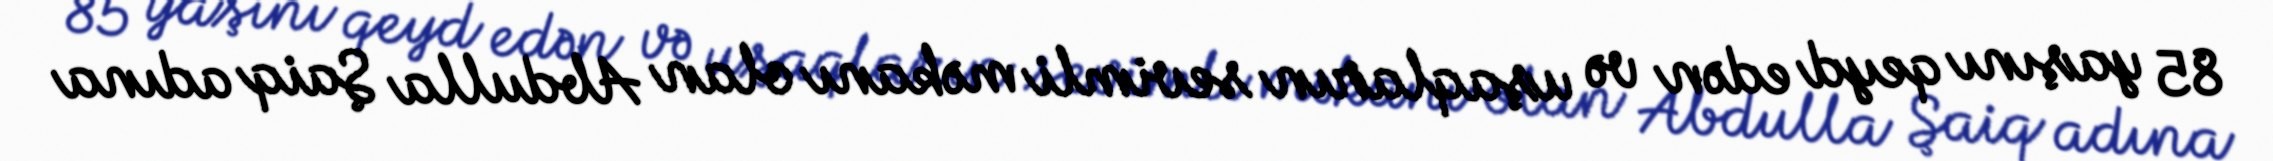
85 yaşını qeyd edən və uşaqların sevimli məkanı olan Abdulla Şaiq adına